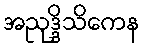
အညုဒ္ဒိသိကေန